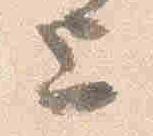
上